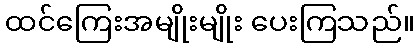
ထင်ကြေးအမျိုးမျိုး ပေးကြသည်။